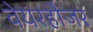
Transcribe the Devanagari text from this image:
वेयरहौज़र